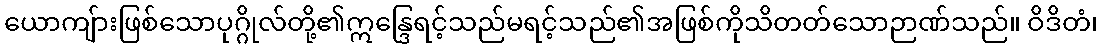
ယောကျ်ားဖြစ်သောပုဂ္ဂိုလ်တို့၏ဣန္ဒြေရင့်သည်မရင့်သည်၏အဖြစ်ကိုသိတတ်သောဉာဏ်သည်။ ဝိဒိတံ၊